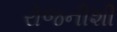
રોજનીશી